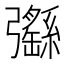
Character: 𢑄